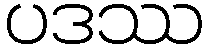
ပဒဿ